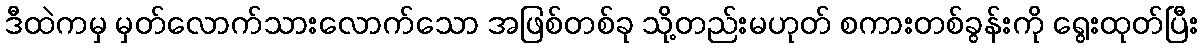
ဒီထဲကမှ မှတ်လောက်သားလောက်သော အဖြစ်တစ်ခု သို့တည်းမဟုတ် စကားတစ်ခွန်းကို ရွေးထုတ်ပြီး